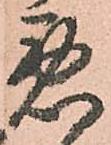
悪